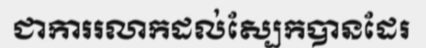
ជាការរលាកដល់ស្បែកបានដែរ